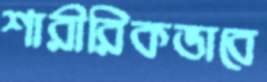
শারীরিকভাবে